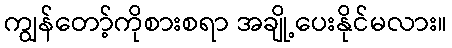
ကျွန်တော့်ကိုစားစရာ အချို့ပေးနိုင်မလား။